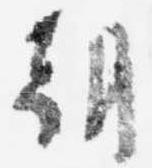
朝